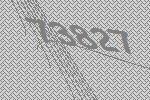
73827